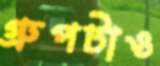
গ্রুপটাও